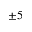
\pm 5